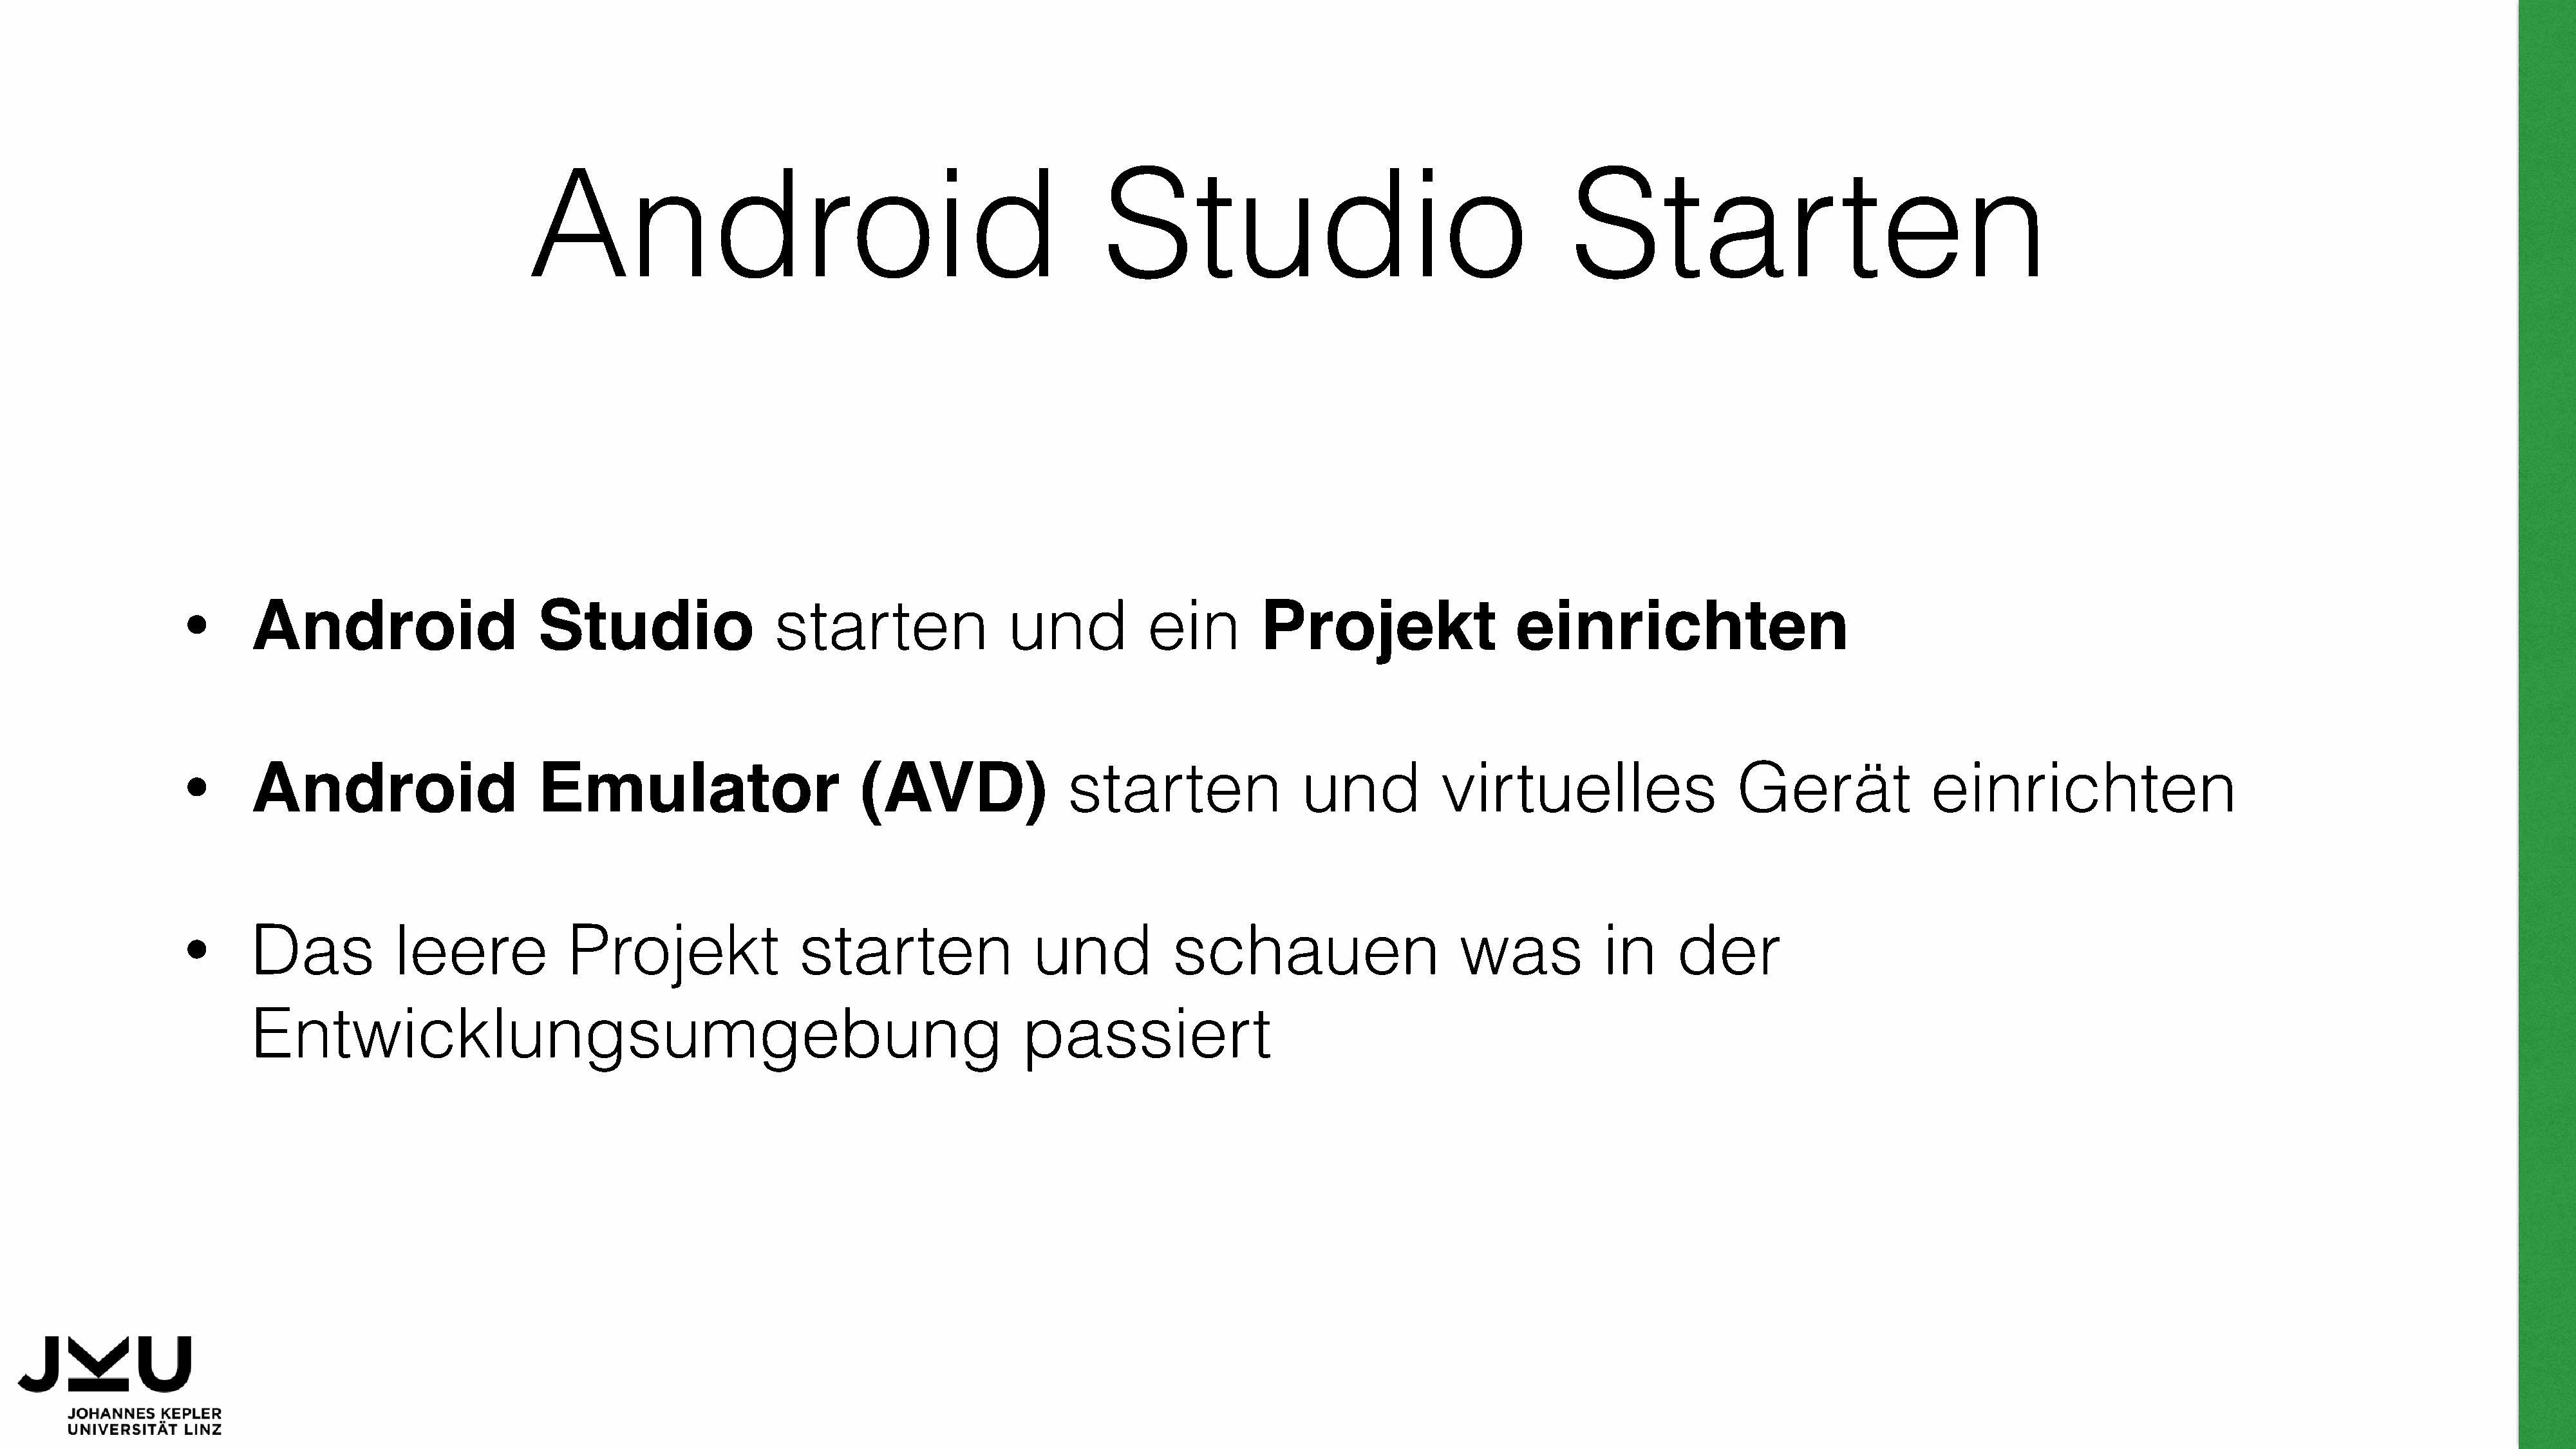
Android                                                    Studio                                          Starten
 Android                      Studio                   starten                 und           ein         Projekt                   einrichten
 •
 Android                      Emulator                         (AVD)                 starten                 und           virtuelles                     Gerät              einrichten
 •
 Das            leere            Projekt                 starten                 und            schauen                      was            in     der
 •
 Entwicklungsumgebung                                                           passiert